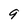
Character: 9